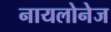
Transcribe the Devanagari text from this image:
नायलोनेज